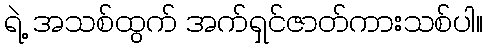
ရဲ့ အသစ်ထွက် အက်ရှင်ဇာတ်ကားသစ်ပါ။